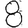
Digit: 8